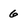
Character: 6